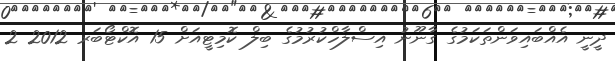
ދީނީ އެއްބައިވަންތަކަމުގެ ގާނޫނު އިސްލާހްކުރުމުގެ ބިލް ކޮމިޓީއަށް 15 އޮކްޓޯބަރ 2012 2